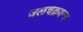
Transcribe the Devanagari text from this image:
जलचक्रयन्त्र